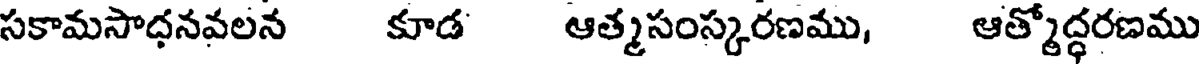
సకామసాధనవలన కూడ ఆత్మసంస్కరణము, ఆత్మోద్ధరణము